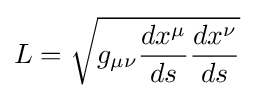
L={\sqrt {g_{\mu \nu }{\frac {dx^{\mu }}{ds}}{\frac {dx^{\nu }}{ds}}}}